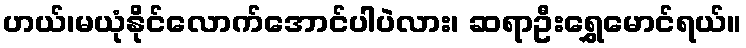
ဟယ်၊မယုံနိုင်လောက်အောင်ပါပဲလား၊ ဆရာဦးရွှေမောင်ရယ်။